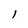
Character: l